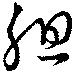
組